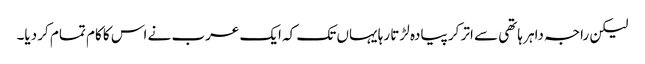
لیکن راجہ داہر ہاتھی سے اتر کر پیادہ لڑتا رہا یہاں تک کہ ایک عرب نے اس کا کام تمام کر دیا۔